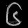
Digit: ၆